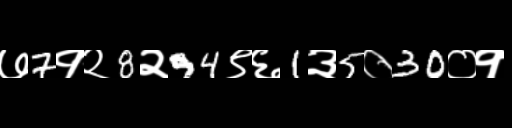
Text: ७7१२8२94९६1३5०30०१